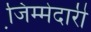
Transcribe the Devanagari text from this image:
जि़म्मेदारी